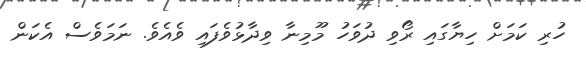
ހުރި ކަމަށް ހިޔާގައި ރޯވި ދުވަހު މޫމިނާ ވިދާޅުވެފައި ވެއެވެ. ނަމަވެސް އެކަން